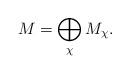
LaTeX: \begin{align*}M=\bigoplus_{\chi} M_{\chi}.\end{align*}